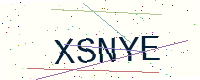
Text: XSNYE